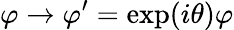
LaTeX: \varphi\to\varphi^{\prime}=\exp(i\theta)\varphi